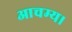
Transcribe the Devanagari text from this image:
आचम्य।